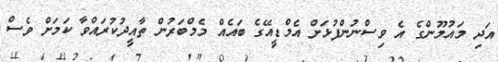
އަދި މައުމޫންގެ އެ ވިސްނުންފުޅަށް އެމްޑީއޭގެ ބައެެއް މެމްބަރުން ތާއީދުކުރައްވާ ކަމަށް ވެސް